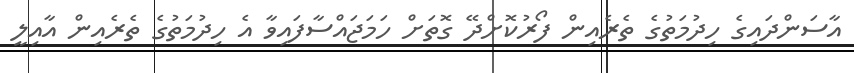
އާސަންދައިގެ ހިދުމަތުގެ ތެރެއިން ފޯރުކޮށްދޭ ގޮތަށް ހަމަޖައްސާފައިވާ އެ ހިދުމަތުގެ ތެރެއިން އާއިލީ